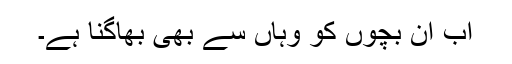
اب ان بچوں کو وہاں سے بھی بھاگنا ہے۔